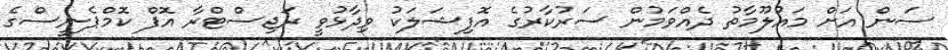
ސަން އަށް މައުލޫމާތު ދެއްވަމުން ސަރުކާރުގެ އޮފިޝަލަކު ވިދާޅުވީ ރަޖިސްޓްރާ އޮފް ކޮމްޕެނީސްގެ